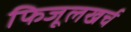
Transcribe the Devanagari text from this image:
फिजूलखर्च